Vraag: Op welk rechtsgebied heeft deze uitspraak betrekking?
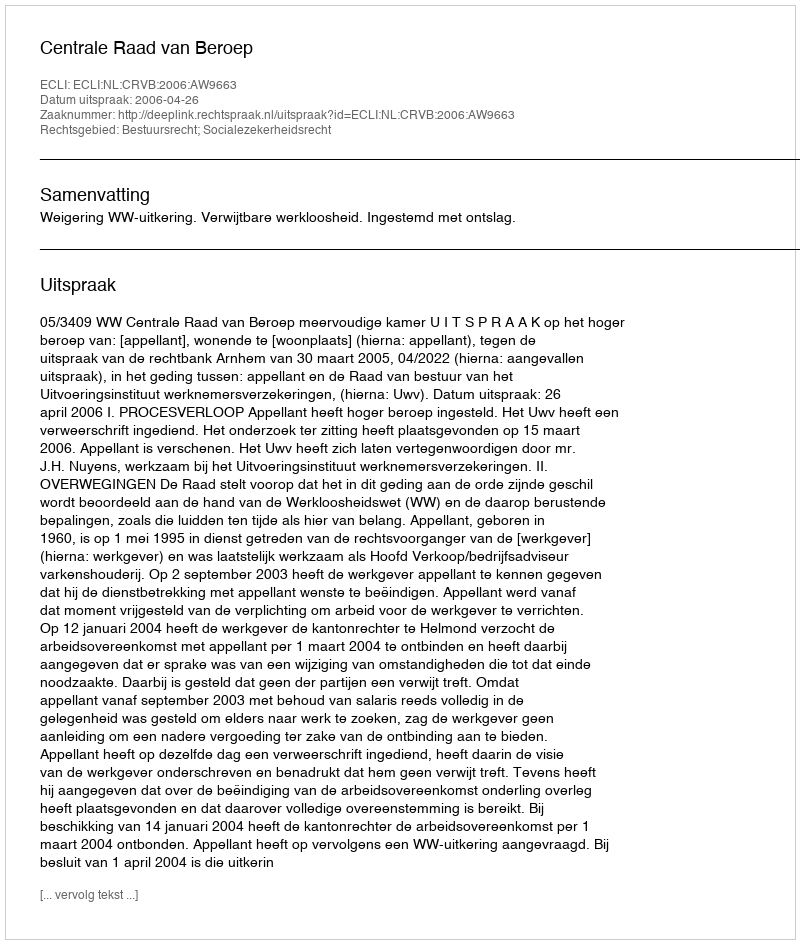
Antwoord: Bestuursrecht; Socialezekerheidsrecht